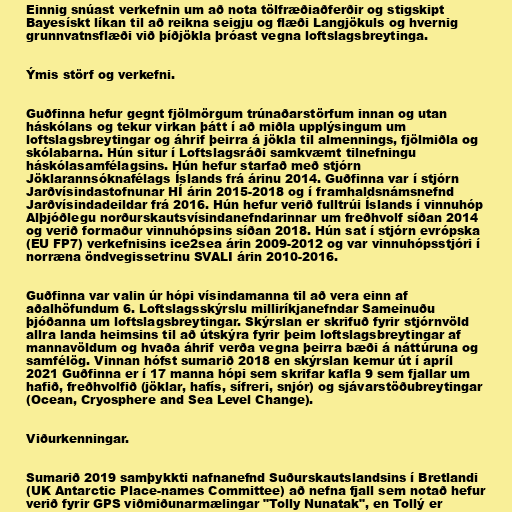
Einnig snúast verkefnin um að nota tölfræðiaðferðir og stigskipt
Bayesískt líkan til að reikna seigju og flæði Langjökuls og hvernig
grunnvatnsflæði við þíðjökla þróast vegna loftslagsbreytinga.

Ýmis störf og verkefni.

Guðfinna hefur gegnt fjölmörgum trúnaðarstörfum innan og utan
háskólans og tekur virkan þátt í að miðla upplýsingum um
loftslagsbreytingar og áhrif þeirra á jökla til almennings, fjölmiðla og
skólabarna. Hún situr í Loftslagsráði samkvæmt tilnefningu
háskólasamfélagsins. Hún hefur starfað með stjórn
Jöklarannsóknafélags Íslands frá árinu 2014. Guðfinna var í stjórn
Jarðvísindastofnunar HÍ árin 2015-2018 og í framhaldsnámsnefnd
Jarðvísindadeildar frá 2016. Hún hefur verið fulltrúi Íslands í vinnuhóp
Alþjóðlegu norðurskautsvísindanefndarinnar um freðhvolf síðan 2014
og verið formaður vinnuhópsins síðan 2018. Hún sat í stjórn evrópska
(EU FP7) verkefnisins ice2sea árin 2009-2012 og var vinnuhópsstjóri í
norræna öndvegissetrinu SVALI árin 2010-2016.

Guðfinna var valin úr hópi vísindamanna til að vera einn af
aðalhöfundum 6. Loftslagsskýrslu milliríkjanefndar Sameinuðu
þjóðanna um loftslagsbreytingar. Skýrslan er skrifuð fyrir stjórnvöld
allra landa heimsins til að útskýra fyrir þeim loftslagsbreytingar af
mannavöldum og hvaða áhrif verða vegna þeirra bæði á náttúruna og
samfélög. Vinnan hófst sumarið 2018 en skýrslan kemur út í apríl
2021 Guðfinna er í 17 manna hópi sem skrifar kafla 9 sem fjallar um
hafið, freðhvolfið (jöklar, hafís, sífreri, snjór) og sjávarstöðubreytingar
(Ocean, Cryosphere and Sea Level Change).

Viðurkenningar.

Sumarið 2019 samþykkti nafnanefnd Suðurskautslandsins í Bretlandi
(UK Antarctic Place-names Committee) að nefna fjall sem notað hefur
verið fyrir GPS viðmiðunarmælingar "Tolly Nunatak", en Tollý er